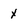
Character: x